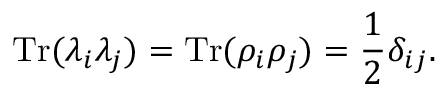
\mathrm { T r } ( \lambda _ { i } \lambda _ { j } ) = \mathrm { T r } ( \rho _ { i } \rho _ { j } ) = \frac 1 2 \delta _ { i j } .